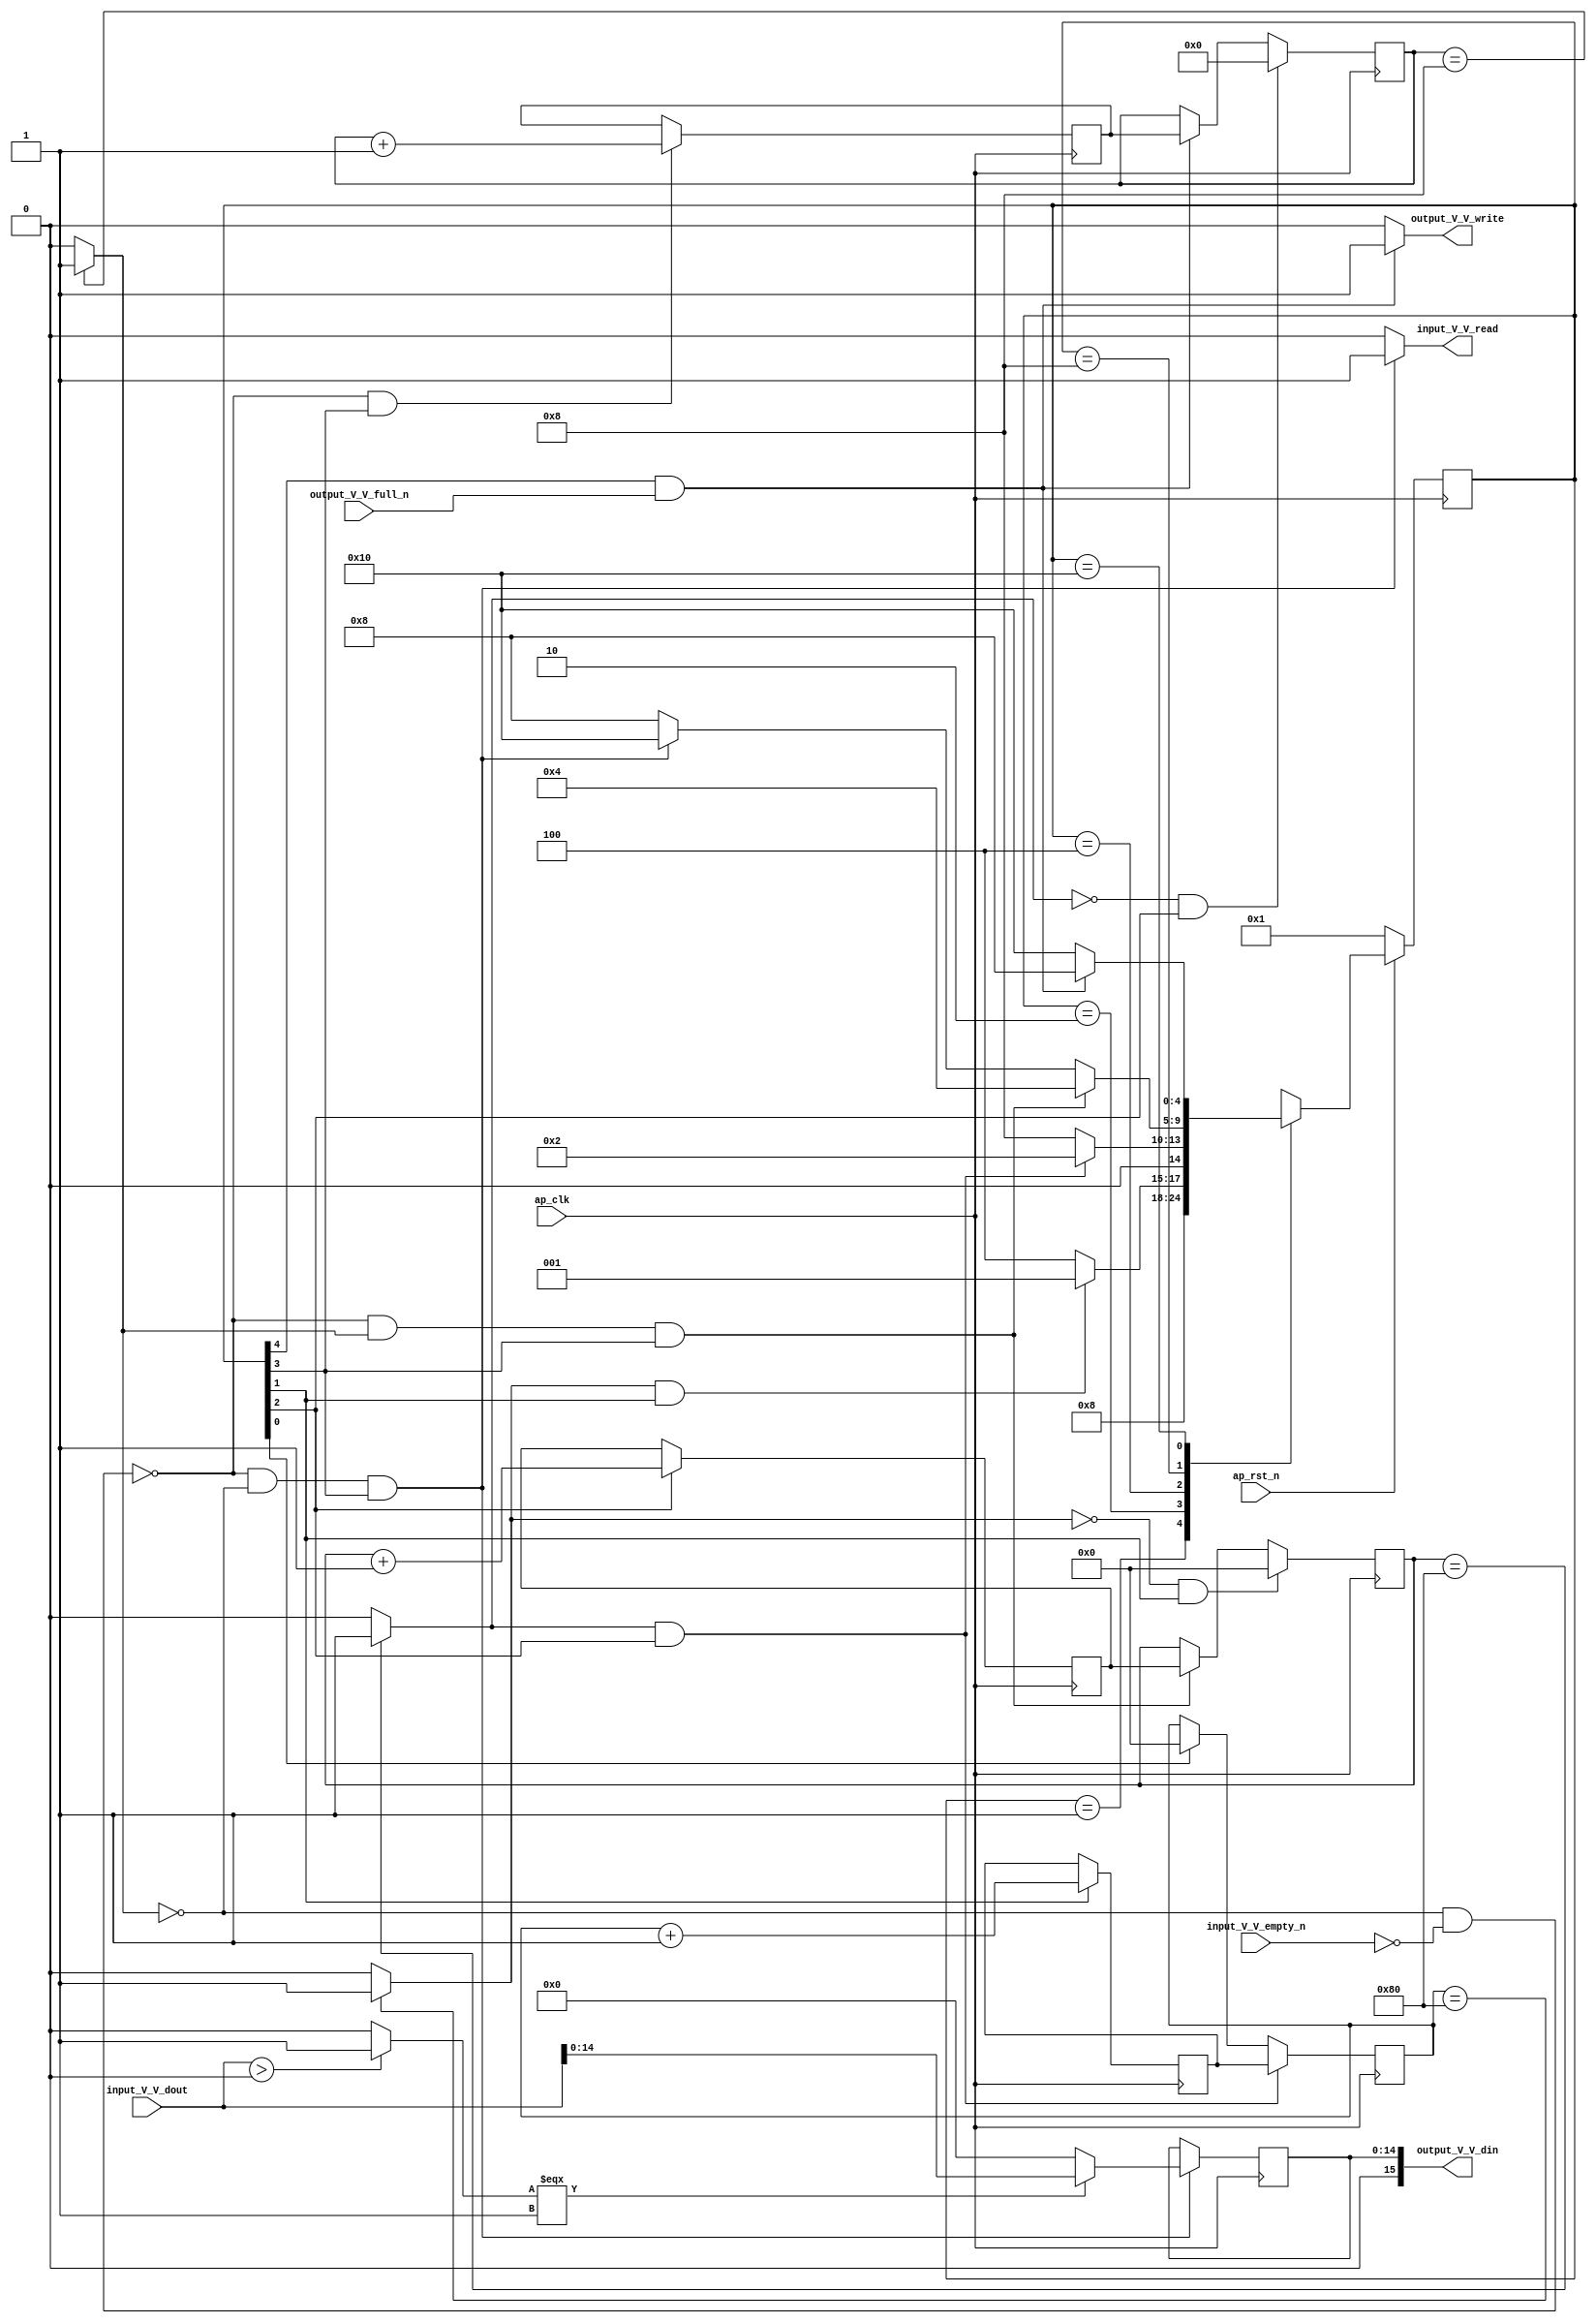
// ==============================================================
// RTL generated by Vivado(TM) HLS - High-Level Synthesis from C, C++ and SystemC
// Version: 2017.4
// Copyright (C) 1986-2017 Xilinx, Inc. All Rights Reserved.
// 
// ===========================================================

`timescale 1 ns / 1 ps 

(* CORE_GENERATION_INFO="relu_2,hls_ip_2017_4,{HLS_INPUT_TYPE=cxx,HLS_INPUT_FLOAT=0,HLS_INPUT_FIXED=1,HLS_INPUT_PART=xc7z020clg484-1,HLS_INPUT_CLOCK=10.000000,HLS_INPUT_ARCH=others,HLS_SYN_CLOCK=7.433000,HLS_SYN_LAT=295169,HLS_SYN_TPT=none,HLS_SYN_MEM=0,HLS_SYN_DSP=0,HLS_SYN_FF=60,HLS_SYN_LUT=194}" *)

module relu_2 (
        ap_clk,
        ap_rst_n,
        input_V_V_dout,
        input_V_V_empty_n,
        input_V_V_read,
        output_V_V_din,
        output_V_V_full_n,
        output_V_V_write
);

parameter    ap_ST_fsm_state1 = 5'd1;
parameter    ap_ST_fsm_state2 = 5'd2;
parameter    ap_ST_fsm_state3 = 5'd4;
parameter    ap_ST_fsm_state4 = 5'd8;
parameter    ap_ST_fsm_state5 = 5'd16;

input   ap_clk;
input   ap_rst_n;
input  [15:0] input_V_V_dout;
input   input_V_V_empty_n;
output   input_V_V_read;
output  [15:0] output_V_V_din;
input   output_V_V_full_n;
output   output_V_V_write;

reg input_V_V_read;
reg output_V_V_write;

reg    ap_rst_n_inv;
reg    input_V_V_blk_n;
(* fsm_encoding = "none" *) reg   [4:0] ap_CS_fsm;
wire    ap_CS_fsm_state4;
wire   [0:0] exitcond_fu_144_p2;
reg    output_V_V_blk_n;
wire    ap_CS_fsm_state5;
wire   [7:0] i_1_fu_126_p2;
reg   [7:0] i_1_reg_181;
wire    ap_CS_fsm_state2;
wire   [7:0] j_1_fu_138_p2;
reg   [7:0] j_1_reg_189;
wire    ap_CS_fsm_state3;
wire   [3:0] k_1_fu_150_p2;
reg   [3:0] k_1_reg_197;
reg    ap_block_state4;
wire   [14:0] v_V_fu_166_p3;
reg   [14:0] v_V_reg_202;
reg   [7:0] i_reg_87;
wire    ap_CS_fsm_state1;
wire   [0:0] exitcond2_fu_132_p2;
reg   [7:0] j_reg_98;
wire   [0:0] exitcond1_fu_120_p2;
reg   [3:0] k_reg_109;
wire   [0:0] tmp_fu_160_p2;
wire   [14:0] tmp_1_fu_156_p1;
reg   [4:0] ap_NS_fsm;

// power-on initialization
initial begin
#0 ap_CS_fsm = 5'd1;
end

always @ (posedge ap_clk) begin
    if (ap_rst_n_inv == 1'b1) begin
        ap_CS_fsm <= ap_ST_fsm_state1;
    end else begin
        ap_CS_fsm <= ap_NS_fsm;
    end
end

always @ (posedge ap_clk) begin
    if (((exitcond2_fu_132_p2 == 1'd1) & (1'b1 == ap_CS_fsm_state3))) begin
        i_reg_87 <= i_1_reg_181;
    end else if ((1'b1 == ap_CS_fsm_state1)) begin
        i_reg_87 <= 8'd0;
    end
end

always @ (posedge ap_clk) begin
    if (((exitcond1_fu_120_p2 == 1'd0) & (1'b1 == ap_CS_fsm_state2))) begin
        j_reg_98 <= 8'd0;
    end else if ((~((exitcond_fu_144_p2 == 1'd0) & (input_V_V_empty_n == 1'b0)) & (exitcond_fu_144_p2 == 1'd1) & (1'b1 == ap_CS_fsm_state4))) begin
        j_reg_98 <= j_1_reg_189;
    end
end

always @ (posedge ap_clk) begin
    if (((exitcond2_fu_132_p2 == 1'd0) & (1'b1 == ap_CS_fsm_state3))) begin
        k_reg_109 <= 4'd0;
    end else if (((1'b1 == ap_CS_fsm_state5) & (output_V_V_full_n == 1'b1))) begin
        k_reg_109 <= k_1_reg_197;
    end
end

always @ (posedge ap_clk) begin
    if ((1'b1 == ap_CS_fsm_state2)) begin
        i_1_reg_181 <= i_1_fu_126_p2;
    end
end

always @ (posedge ap_clk) begin
    if ((1'b1 == ap_CS_fsm_state3)) begin
        j_1_reg_189 <= j_1_fu_138_p2;
    end
end

always @ (posedge ap_clk) begin
    if ((~((exitcond_fu_144_p2 == 1'd0) & (input_V_V_empty_n == 1'b0)) & (1'b1 == ap_CS_fsm_state4))) begin
        k_1_reg_197 <= k_1_fu_150_p2;
    end
end

always @ (posedge ap_clk) begin
    if ((~((exitcond_fu_144_p2 == 1'd0) & (input_V_V_empty_n == 1'b0)) & (exitcond_fu_144_p2 == 1'd0) & (1'b1 == ap_CS_fsm_state4))) begin
        v_V_reg_202 <= v_V_fu_166_p3;
    end
end

always @ (*) begin
    if (((exitcond_fu_144_p2 == 1'd0) & (1'b1 == ap_CS_fsm_state4))) begin
        input_V_V_blk_n = input_V_V_empty_n;
    end else begin
        input_V_V_blk_n = 1'b1;
    end
end

always @ (*) begin
    if ((~((exitcond_fu_144_p2 == 1'd0) & (input_V_V_empty_n == 1'b0)) & (exitcond_fu_144_p2 == 1'd0) & (1'b1 == ap_CS_fsm_state4))) begin
        input_V_V_read = 1'b1;
    end else begin
        input_V_V_read = 1'b0;
    end
end

always @ (*) begin
    if ((1'b1 == ap_CS_fsm_state5)) begin
        output_V_V_blk_n = output_V_V_full_n;
    end else begin
        output_V_V_blk_n = 1'b1;
    end
end

always @ (*) begin
    if (((1'b1 == ap_CS_fsm_state5) & (output_V_V_full_n == 1'b1))) begin
        output_V_V_write = 1'b1;
    end else begin
        output_V_V_write = 1'b0;
    end
end

always @ (*) begin
    case (ap_CS_fsm)
        ap_ST_fsm_state1 : begin
            ap_NS_fsm = ap_ST_fsm_state2;
        end
        ap_ST_fsm_state2 : begin
            if (((exitcond1_fu_120_p2 == 1'd1) & (1'b1 == ap_CS_fsm_state2))) begin
                ap_NS_fsm = ap_ST_fsm_state1;
            end else begin
                ap_NS_fsm = ap_ST_fsm_state3;
            end
        end
        ap_ST_fsm_state3 : begin
            if (((exitcond2_fu_132_p2 == 1'd1) & (1'b1 == ap_CS_fsm_state3))) begin
                ap_NS_fsm = ap_ST_fsm_state2;
            end else begin
                ap_NS_fsm = ap_ST_fsm_state4;
            end
        end
        ap_ST_fsm_state4 : begin
            if ((~((exitcond_fu_144_p2 == 1'd0) & (input_V_V_empty_n == 1'b0)) & (exitcond_fu_144_p2 == 1'd1) & (1'b1 == ap_CS_fsm_state4))) begin
                ap_NS_fsm = ap_ST_fsm_state3;
            end else if ((~((exitcond_fu_144_p2 == 1'd0) & (input_V_V_empty_n == 1'b0)) & (exitcond_fu_144_p2 == 1'd0) & (1'b1 == ap_CS_fsm_state4))) begin
                ap_NS_fsm = ap_ST_fsm_state5;
            end else begin
                ap_NS_fsm = ap_ST_fsm_state4;
            end
        end
        ap_ST_fsm_state5 : begin
            if (((1'b1 == ap_CS_fsm_state5) & (output_V_V_full_n == 1'b1))) begin
                ap_NS_fsm = ap_ST_fsm_state4;
            end else begin
                ap_NS_fsm = ap_ST_fsm_state5;
            end
        end
        default : begin
            ap_NS_fsm = 'bx;
        end
    endcase
end

assign ap_CS_fsm_state1 = ap_CS_fsm[32'd0];

assign ap_CS_fsm_state2 = ap_CS_fsm[32'd1];

assign ap_CS_fsm_state3 = ap_CS_fsm[32'd2];

assign ap_CS_fsm_state4 = ap_CS_fsm[32'd3];

assign ap_CS_fsm_state5 = ap_CS_fsm[32'd4];

always @ (*) begin
    ap_block_state4 = ((exitcond_fu_144_p2 == 1'd0) & (input_V_V_empty_n == 1'b0));
end

always @ (*) begin
    ap_rst_n_inv = ~ap_rst_n;
end

assign exitcond1_fu_120_p2 = ((i_reg_87 == 8'd128) ? 1'b1 : 1'b0);

assign exitcond2_fu_132_p2 = ((j_reg_98 == 8'd128) ? 1'b1 : 1'b0);

assign exitcond_fu_144_p2 = ((k_reg_109 == 4'd8) ? 1'b1 : 1'b0);

assign i_1_fu_126_p2 = (i_reg_87 + 8'd1);

assign j_1_fu_138_p2 = (j_reg_98 + 8'd1);

assign k_1_fu_150_p2 = (k_reg_109 + 4'd1);

assign output_V_V_din = v_V_reg_202;

assign tmp_1_fu_156_p1 = input_V_V_dout[14:0];

assign tmp_fu_160_p2 = (($signed(input_V_V_dout) > $signed(16'd0)) ? 1'b1 : 1'b0);

assign v_V_fu_166_p3 = ((tmp_fu_160_p2[0:0] === 1'b1) ? tmp_1_fu_156_p1 : 15'd0);

endmodule //relu_2